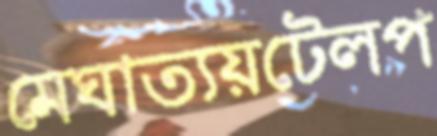
মেঘাত্যয়টেলপ